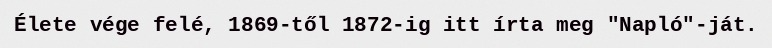
Élete vége felé, 1869-től 1872-ig itt írta meg "Napló"-ját.